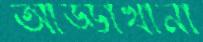
আড্ডাখানা